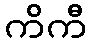
ကိကီ